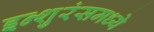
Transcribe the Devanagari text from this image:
इन्शुरंसमध्ये